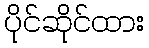
ပိုင်ဆိုင်ထား